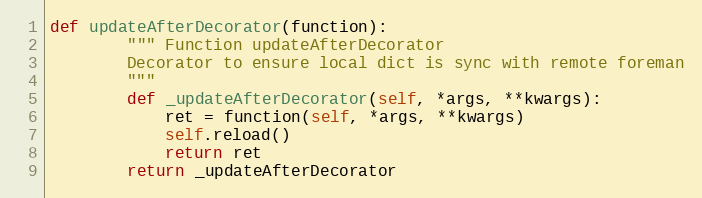
Language: Python
def updateAfterDecorator(function):
        """ Function updateAfterDecorator
        Decorator to ensure local dict is sync with remote foreman
        """
        def _updateAfterDecorator(self, *args, **kwargs):
            ret = function(self, *args, **kwargs)
            self.reload()
            return ret
        return _updateAfterDecorator